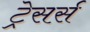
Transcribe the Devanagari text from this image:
ट्रेसर्स